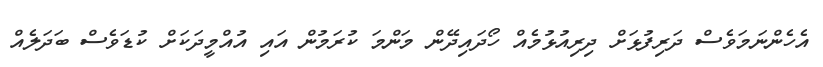
އެހެންނަމަވެސް ދަރިފުޅަށް ދިރިއުޅުމެއް ހޯދައިދޭން މަންމަ ކުރަމުން އައި އުއްމީދަކަށް ކުޑަވެސް ބަދަލެއް